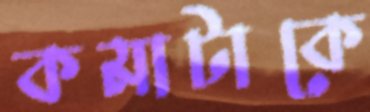
কমাটাকে